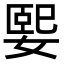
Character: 媐